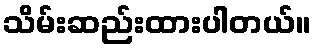
သိမ်းဆည်းထားပါတယ်။